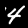
Digit: 4